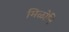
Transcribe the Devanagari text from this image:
मिळोनि